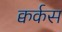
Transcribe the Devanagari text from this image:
क्वर्कस